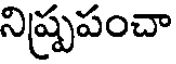
నిష్ప్రపంచా